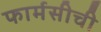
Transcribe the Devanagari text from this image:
फार्मसीची